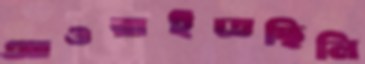
আওরাইতেছিলি